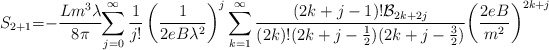
\begin{align*}S_{2+1}\hskip -3pt=\hskip-3pt -\frac{Lm^{3} \lambda}{8\pi}\hskip -3pt\sum_{j=0}^{\infty }\frac{1}{j!}\left(\frac{1}{2eB\lambda ^{2}}\right) ^{j}\sum_{k=1}^{\infty}\frac{(2k+j-1)!{\cal B}_{2k+2j}}{(2k)!(2k+j-\frac{1}{2})(2k+j-\frac{3}{2})}\hskip -2pt \left(\frac{2eB}{m^{2}}\right)^{2k+j}\end{align*}